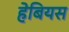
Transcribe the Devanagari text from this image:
हेबियस